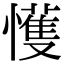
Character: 㦜